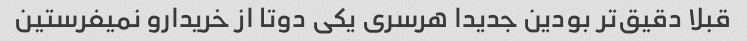
قبلا دقیق‌تر بودین جدیدا هرسری یکی دوتا از خریدارو نمیفرستین